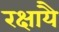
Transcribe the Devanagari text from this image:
रक्षायै